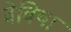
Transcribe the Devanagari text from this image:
वेविया